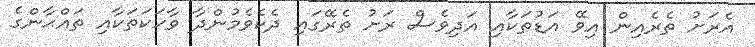
އެރަށު ތެރެއިން އިވޭ އަޑުތަކާއި އަދިވެސް ރަށު ތެރޭގައި ދެކެވެމުންދާ ވާހަކަތަކާއި ތައްޙާންގެ